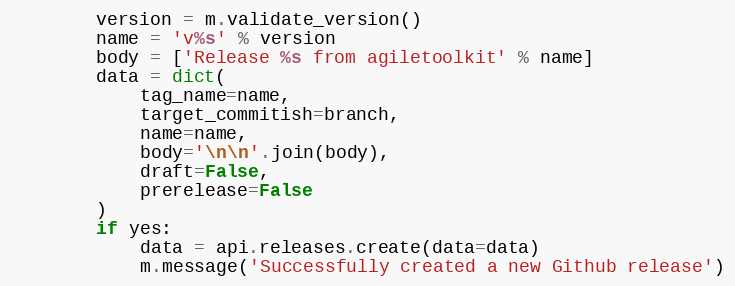
Language: Python
        version = m.validate_version()
        name = 'v%s' % version
        body = ['Release %s from agiletoolkit' % name]
        data = dict(
            tag_name=name,
            target_commitish=branch,
            name=name,
            body='\n\n'.join(body),
            draft=False,
            prerelease=False
        )
        if yes:
            data = api.releases.create(data=data)
            m.message('Successfully created a new Github release')